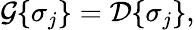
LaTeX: {\cal G}\{ \sigma_{j}\} ={\cal D}\{ \sigma_{j}\} ,